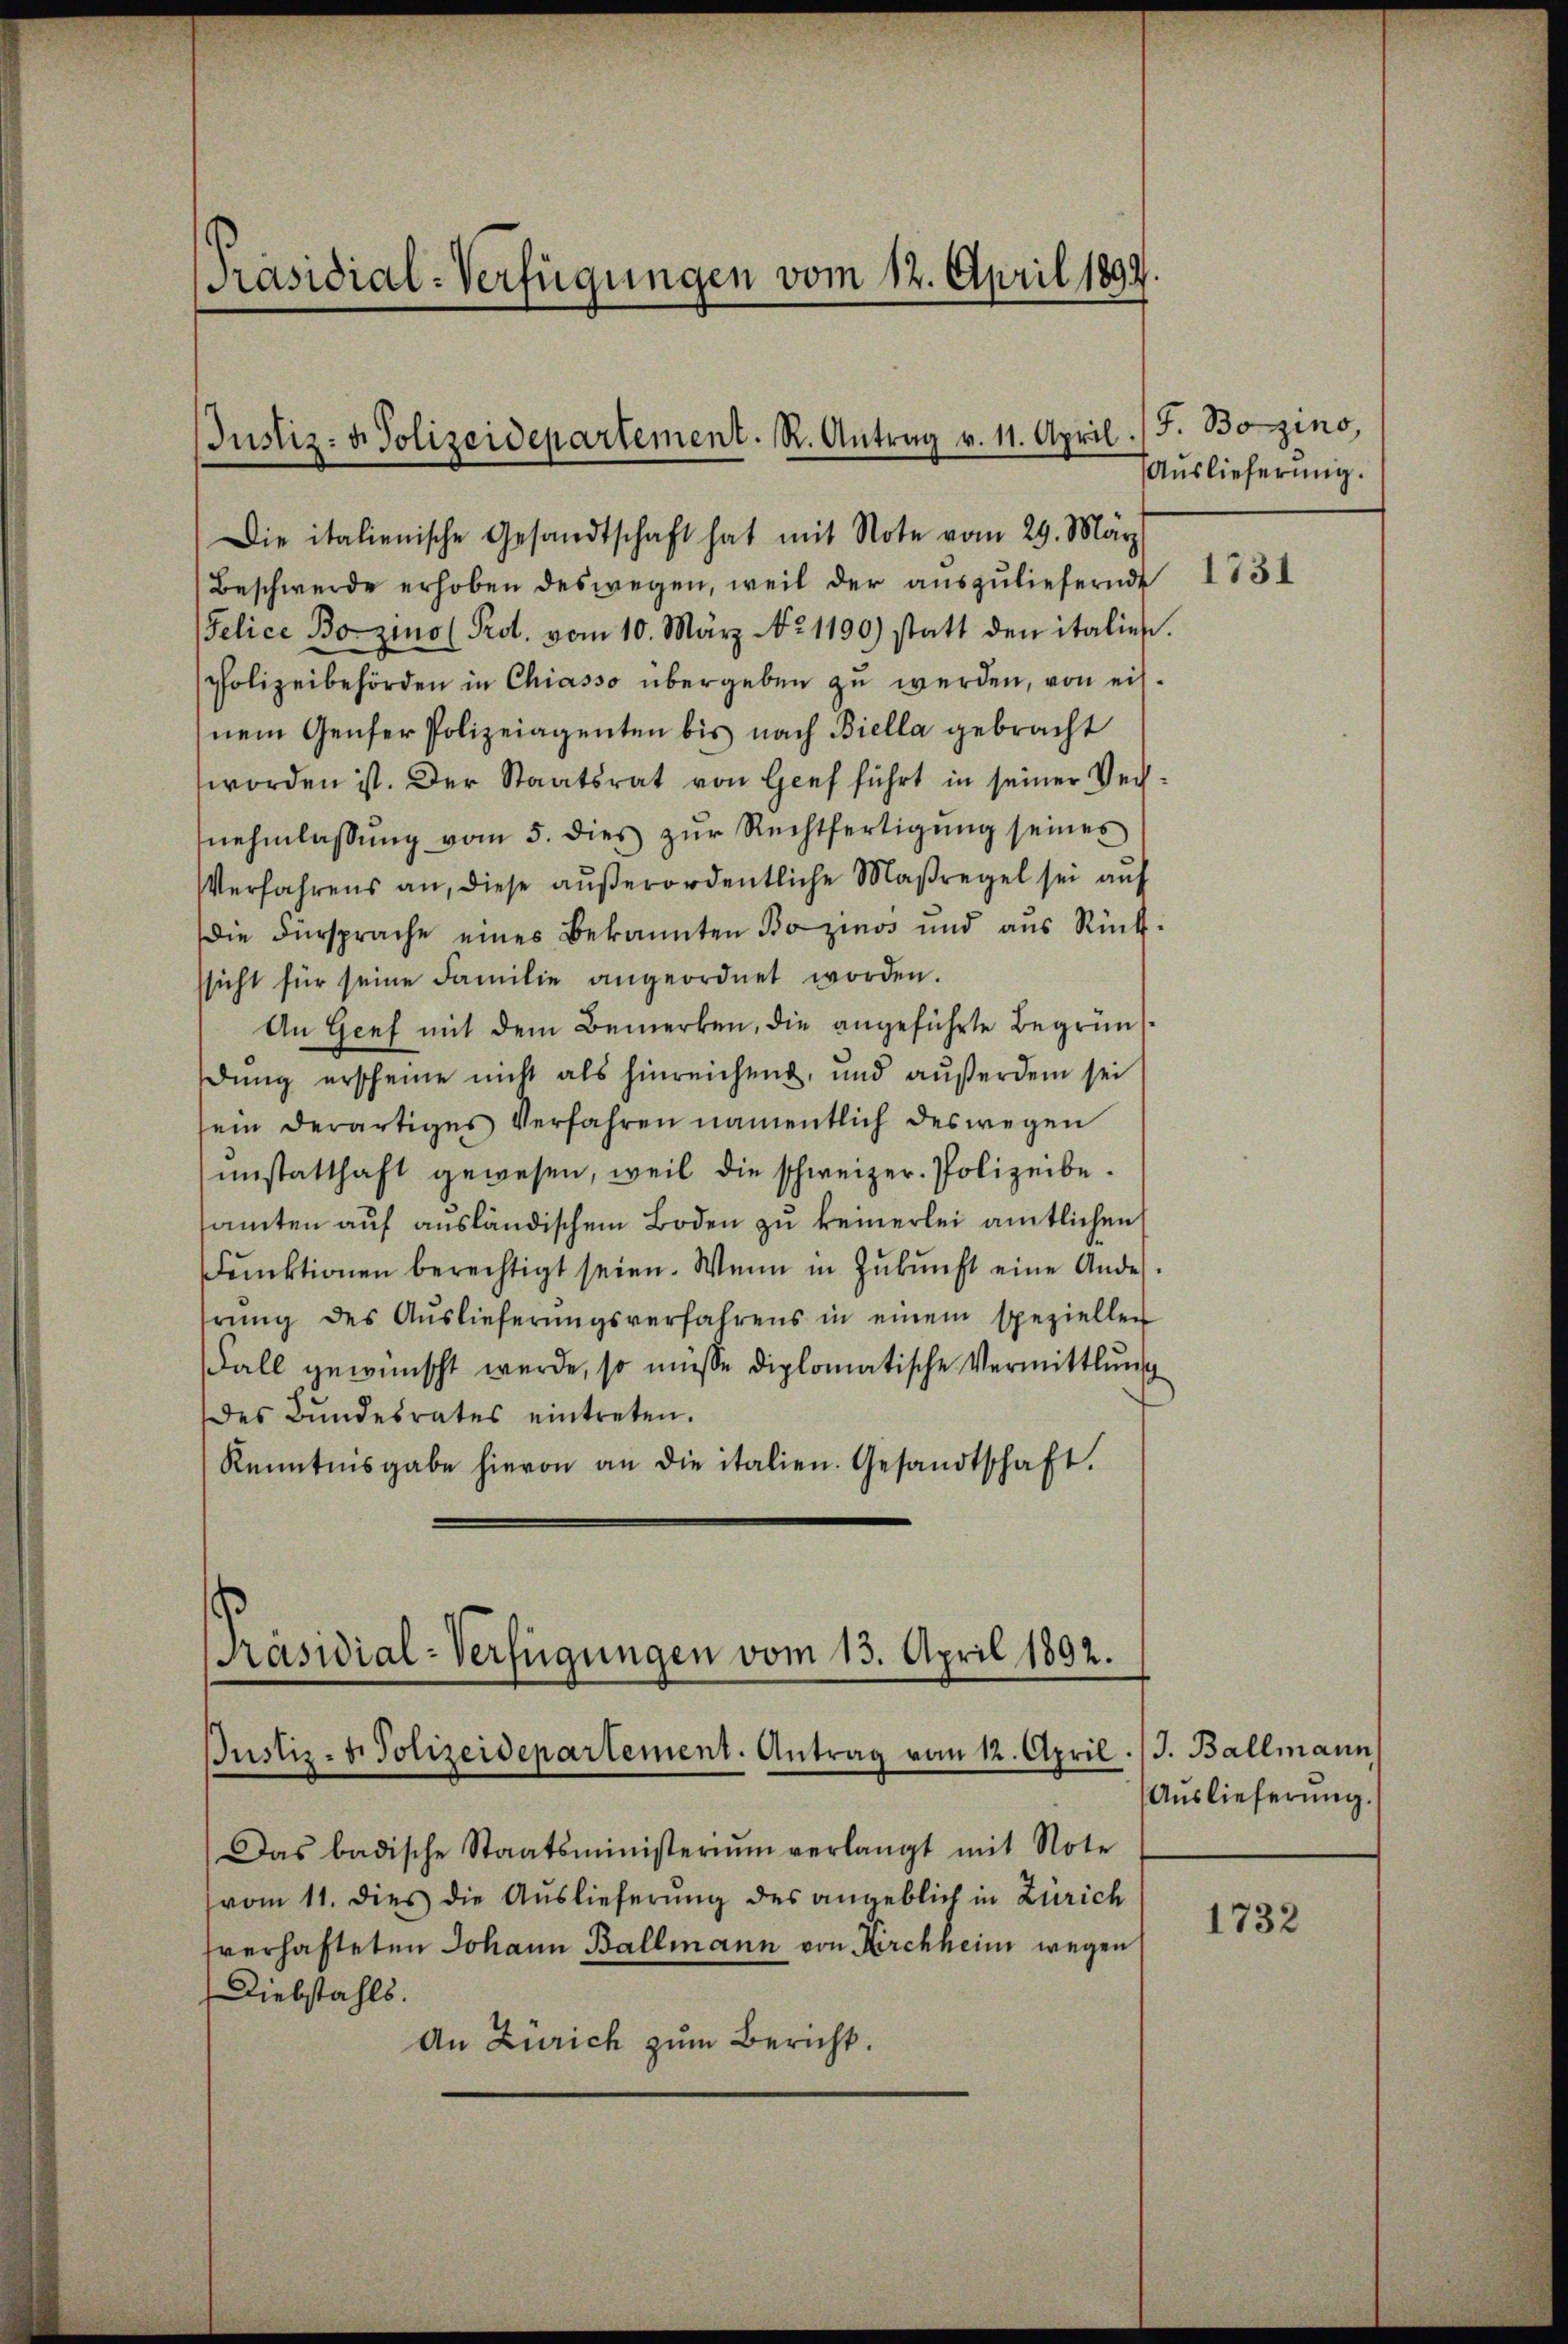
[Präsidial-Verfügungen vom 12. April 1894.

Justiz- u. Polizeidepartement. R. Antrag v. 11. April

Die italienische Gesandtschaft hat mit Note vom 29. März
Beschwerde erhoben deswegen, weil der auszuliefernde
Felice Bozino (Prot. vom 10. März No. 1190) statt den italien
Polizeibehörden in Chiasso übergeben zu werden, von eisnem Genfer Polizeiagenten bis nach Biella gebracht
worden ist. Der Staatsrat von Gief führt in seiner Vernehmlassŭng vom 5. dies zŭr Rechtfertigŭng seines
Verfahrens an, diese außerordentliche Maßregel sei auf
die Fürsprache eines Bekannten Bozinos und aus Rück-
sicht für seine Familie angeordnet worden
An Genf mit dem Bemerken, die angeführte Begrünsdung erscheine nicht als hinreichend, und außerdem sei
ein derartiges Verfahren namentlich deswegen
instatthaft gewesen, weil die schweizer. Polizeibesamten auf ausländischem Boden zu keinerlei amtlichen
Fŭnktionen berechtigt seien. Wenn in Zŭkŭnft eine Andes-
rŭng des Aŭslieferŭngsverfahrens in einem spezieller
Fall gewünscht werde, so müsse diplomatische Vermittlung
des Bŭndesrates eintreten.
Kenntnisgabe hievon an die italien. Gesandtschaft.
Justiz- u. Polizeidepartement. Antrag vom 12. April. J. Ballmann
Das badische Staatsministerium verlangt mit Note
vom 11. dies die Auslieferung des angeblich in Zürich
verhafteten Johann Ballmann von Kirchheim wegen
Diebstahls.
An Zürich zum Bericht.

.

[Präsidial-Verfügungen vom 13. April 1892.

J. Bozino,
Auslieferung.

1731

Auslieferŭng.

1732